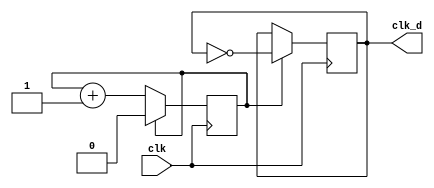
`timescale 1ns / 1ps

module clock_divider(clk, clk_d);
parameter div_value = 1;
/*
    div_value = (100 / 2*5) - 1
              =        9
*/ 
// input outputs
input clk;
output clk_d;
reg clk_d;
reg count;
// initializing clkd and count as 0
initial 
begin
    clk_d = 0;
    count = 0;
end
// count incrementing
always @(posedge clk)
    begin
        if (count == div_value)
        begin
            count <= 0;
            clk_d <= ~clk_d;
        end
        else
            count <= count + 1;
    end

endmodule